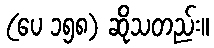
(ပေ ၁၅၈) ဆိုသတည်း။